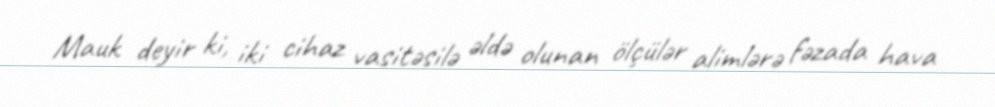
Mauk deyir ki, iki cihaz vasitəsilə əldə olunan ölçülər alimlərə fəzada hava